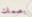
بصمات